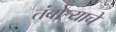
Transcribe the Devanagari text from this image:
तंबोऱ्याचे